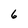
Character: 6